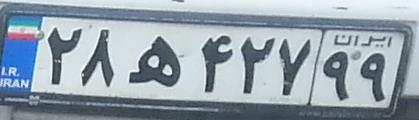
۲۸ه۴۲۷۹۹